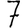
Digit: 7